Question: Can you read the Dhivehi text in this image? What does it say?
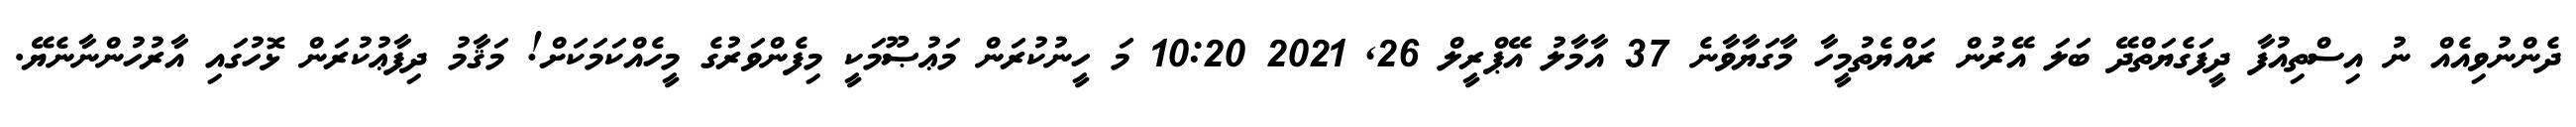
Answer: ދެންނުވިއެއް ނު އިސްތިއުފާ ދީފަގެޔަތްދޭ ބަލަ އޭރުން ރައްޔެތުމީހާ މާގަޔާވާނެ 37 އާމާލު އޭޕްރީލް 26, 2021 10:20 މަ ހީނުކުރަން މަޢުޞޫމަކީ މިފެންވަރުގެ މީހެއްކަމަކަށް! މަޤާމު ދިފާޢުކުރަން ޅޮހުގައި އާރުހުންނާނެޔޭ.